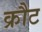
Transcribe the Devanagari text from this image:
क्रौट